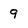
Character: 9